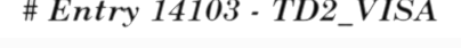
# Entry 14103 - TD2_VISA